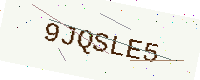
Text: 9JQSLE5